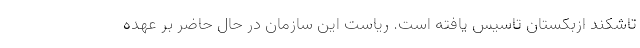
تاشکند ازبکستان تاسیس یافته است. ریاست این سازمان در حال حاضر بر عهده